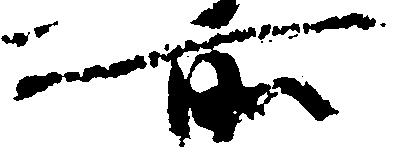
所